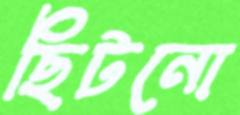
ছিটনো